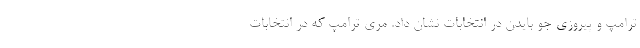
ترامپ و پیروزی جو بایدن در انتخابات نشان داد. مری ترامپ که در انتخابات